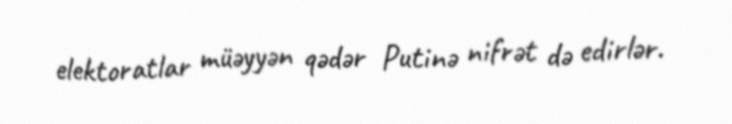
elektoratlar müəyyən qədər Putinə nifrət də edirlər.